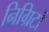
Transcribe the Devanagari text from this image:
निग्रिटों